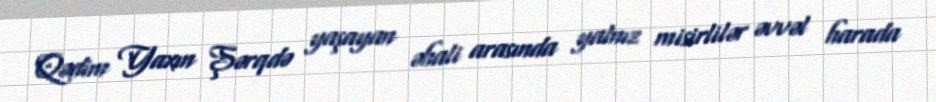
Qədim Yaxın Şərqdə yaşayan əhali arasında yalnız misirlilər əvvəl harada